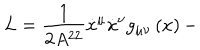
LaTeX: L = \frac { 1 } { 2 A ^ { 2 2 } } \dot { x } ^ { \mu } \dot { x } ^ { \nu } g _ { \mu \nu } \left( x \right) -